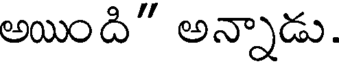
అయింది" అన్నాడు.